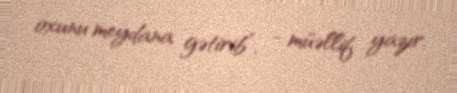
oxunu meydana gətirib”, - müəllif yazır.